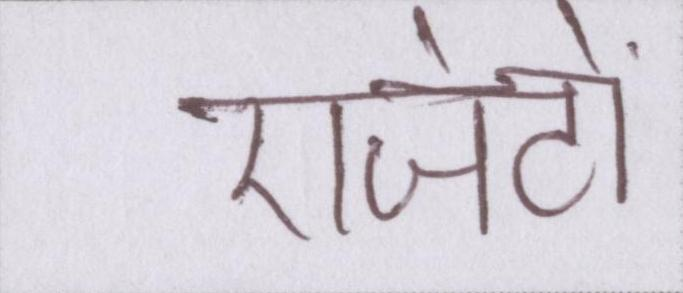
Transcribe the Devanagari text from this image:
एजेंटों